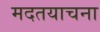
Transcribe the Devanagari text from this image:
मदतयाचना